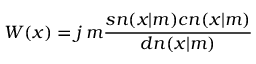
W ( x ) = j \, m { \frac { s n ( x | m ) c n ( x | m ) } { d n ( x | m ) } }